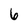
Character: 6